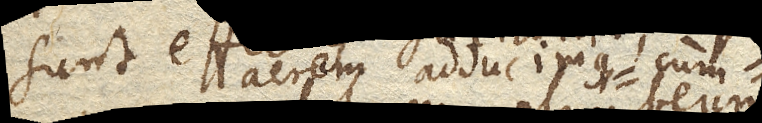
sunt aerem adducimus, cum